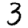
Digit: 3